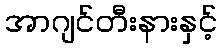
အာဂျင်တီးနားနှင့်